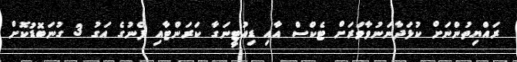
ރައްޔިތުންނަށް ކުޅަދާނަނުވާވަރަށް ޓެކްސް އާއި ޑިއުޓީނަގާ ކަރަންޓާއި ފެނުގެ އަގު 3 ގުނަބޮޑުކޮށް